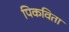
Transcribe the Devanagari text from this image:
पिकविता